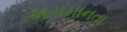
અસમાનતા